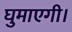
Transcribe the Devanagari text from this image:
घुमाएगी।